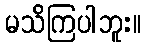
မသိကြပါဘူး။